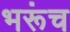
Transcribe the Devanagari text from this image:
भरूंच